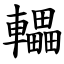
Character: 轠